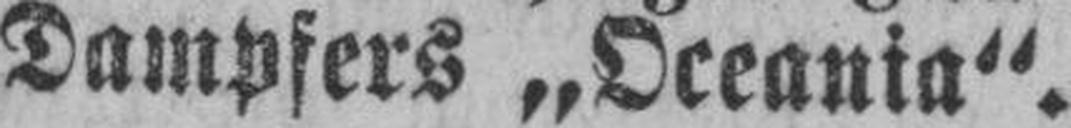
Dampfers „Oceania“.